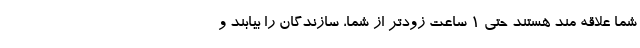
شما علاقه مند هستند حتی 1 ساعت زودتر از شما، سازندگان را بیابند و